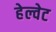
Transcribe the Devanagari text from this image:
हेल्वेट